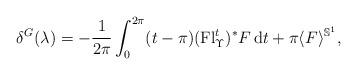
LaTeX: \begin{gather*}\delta^{G}(\lambda)=-\frac{1}{2\pi}\int_{0}^{2\pi}(t-\pi)(\operatorname{Fl}_{\Upsilon}^{t})^{\ast}F\,\mathrm{d}t+\pi\langle F\rangle^{\mathbb{S}^{1}},\end{gather*}